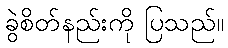
ခွဲစိတ်နည်းကို ပြသည်။